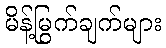
မိန့်မြွက်ချက်များ